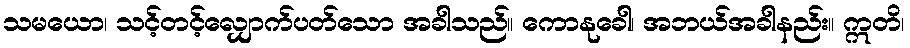
သမယော၊ သင့်တင့်လျှောက်ပတ်သော အခါသည်။ ကောနုခေါ၊ အဘယ်အခါနည်း။ ဣတိ၊